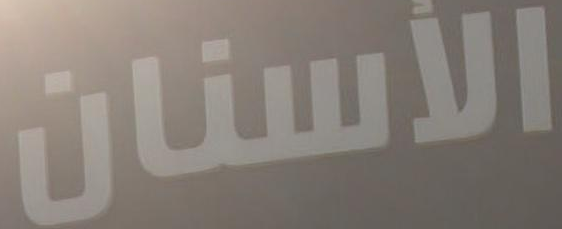
الأسنان